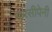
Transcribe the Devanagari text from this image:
पारसीपेनी